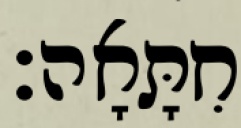
חִתָּאָה׃